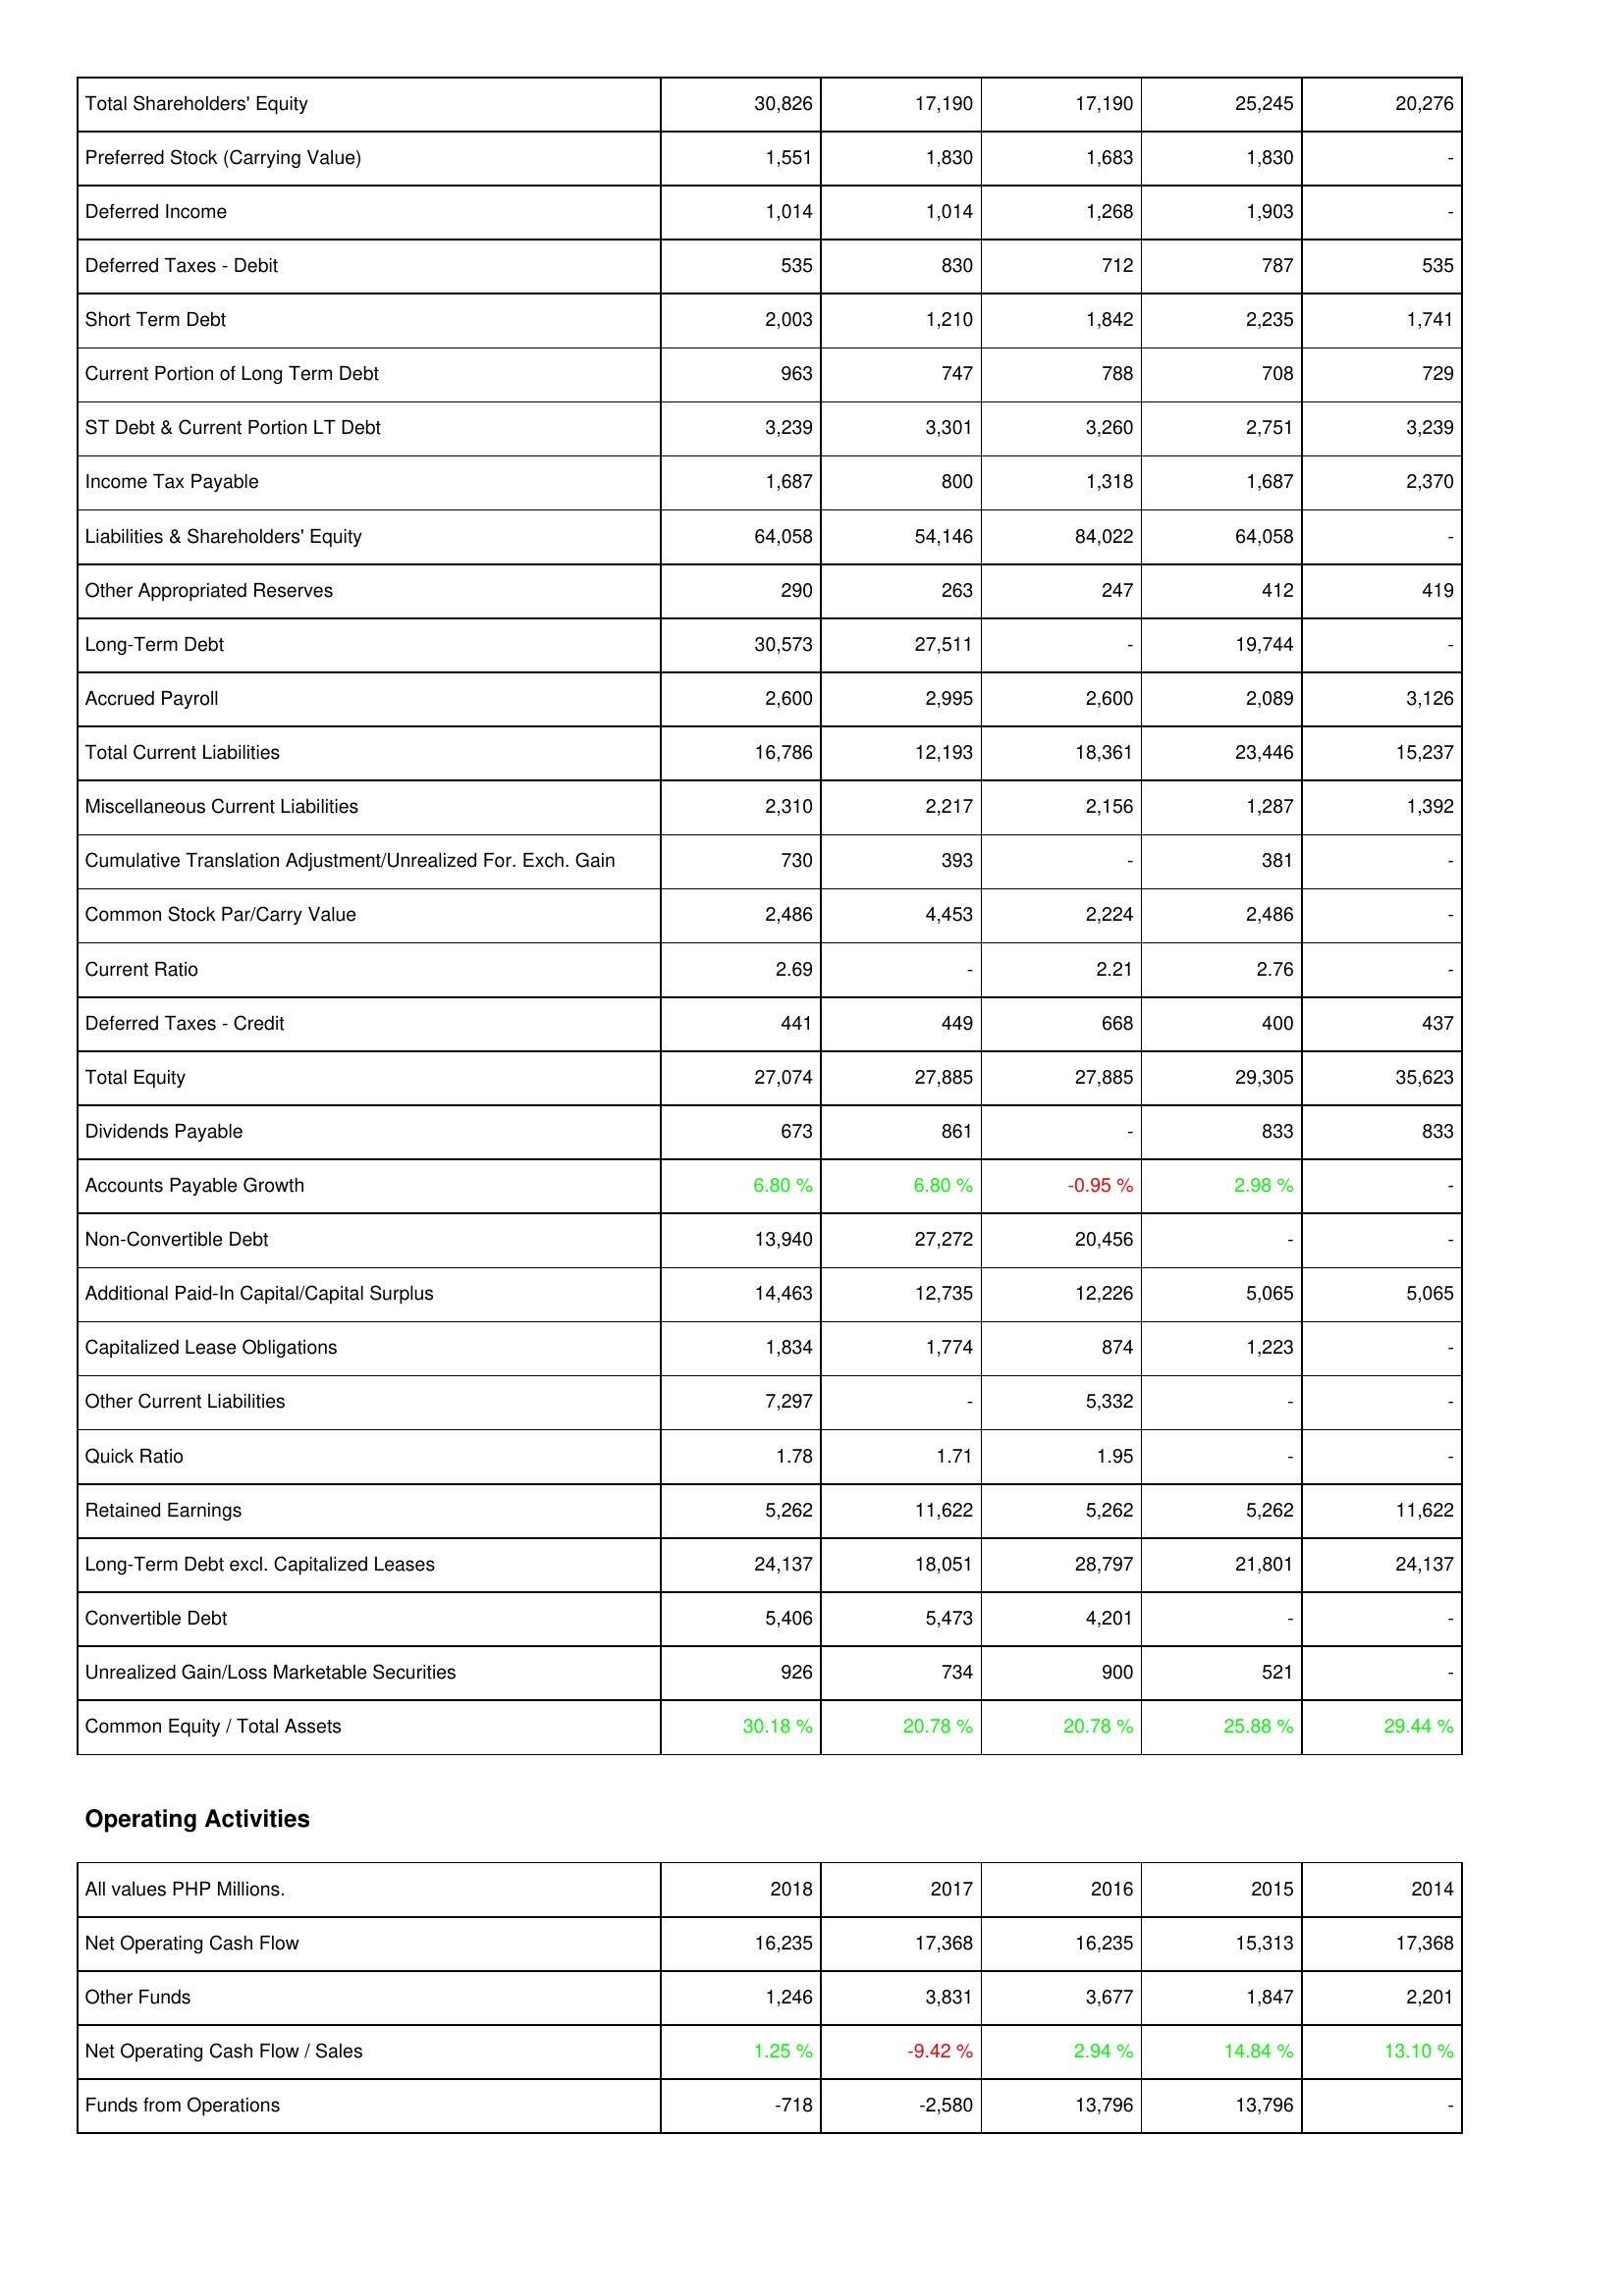
2018: Liabilities & Shareholders' Equity: Total Shareholders' Equity: 30,826
Preferred Stock (Carrying Value): 1,551
Deferred Income: 1,014
Deferred Taxes - Debit: 535
Short Term Debt: 2,003
Current Portion of Long Term Debt: 963
ST Debt & Current Portion LT Debt: 3,239
Income Tax Payable: 1,687
Liabilities & Shareholders' Equity: 64,058
Other Appropriated Reserves: 290
Long-Term Debt: 30,573
Accrued Payroll: 2,600
Total Current Liabilities: 16,786
Miscellaneous Current Liabilities: 2,310
Cumulative Translation Adjustment/Unrealized For. Exch. Gain: 730
Common Stock Par/Carry Value: 2,486
Current Ratio: 2.69
Deferred Taxes - Credit: 441
Total Equity: 27,074
Dividends Payable: 673
Accounts Payable Growth: 6.80 %
Non-Convertible Debt: 13,940
Additional Paid-In Capital/Capital Surplus: 14,463
Capitalized Lease Obligations: 1,834
Other Current Liabilities: 7,297
Quick Ratio: 1.78
Retained Earnings: 5,262
Long-Term Debt excl. Capitalized Leases: 24,137
Convertible Debt: 5,406
Unrealized Gain/Loss Marketable Securities: 926
Common Equity / Total Assets: 30.18 %
Operating Activities: Net Operating Cash Flow: 16,235
Other Funds: 1,246
Net Operating Cash Flow / Sales: 1.25 %
Funds from Operations: -718
2017: Liabilities & Shareholders' Equity: Total Shareholders' Equity: 17,190
Preferred Stock (Carrying Value): 1,830
Deferred Income: 1,014
Deferred Taxes - Debit: 830
Short Term Debt: 1,210
Current Portion of Long Term Debt: 747
ST Debt & Current Portion LT Debt: 3,301
Income Tax Payable: 800
Liabilities & Shareholders' Equity: 54,146
Other Appropriated Reserves: 263
Long-Term Debt: 27,511
Accrued Payroll: 2,995
Total Current Liabilities: 12,193
Miscellaneous Current Liabilities: 2,217
Cumulative Translation Adjustment/Unrealized For. Exch. Gain: 393
Common Stock Par/Carry Value: 4,453
Current Ratio: -
Deferred Taxes - Credit: 449
Total Equity: 27,885
Dividends Payable: 861
Accounts Payable Growth: 6.80 %
Non-Convertible Debt: 27,272
Additional Paid-In Capital/Capital Surplus: 12,735
Capitalized Lease Obligations: 1,774
Other Current Liabilities: -
Quick Ratio: 1.71
Retained Earnings: 11,622
Long-Term Debt excl. Capitalized Leases: 18,051
Convertible Debt: 5,473
Unrealized Gain/Loss Marketable Securities: 734
Common Equity / Total Assets: 20.78 %
Operating Activities: Net Operating Cash Flow: 17,368
Other Funds: 3,831
Net Operating Cash Flow / Sales: -9.42 %
Funds from Operations: -2,580
2016: Liabilities & Shareholders' Equity: Total Shareholders' Equity: 17,190
Preferred Stock (Carrying Value): 1,683
Deferred Income: 1,268
Deferred Taxes - Debit: 712
Short Term Debt: 1,842
Current Portion of Long Term Debt: 788
ST Debt & Current Portion LT Debt: 3,260
Income Tax Payable: 1,318
Liabilities & Shareholders' Equity: 84,022
Other Appropriated Reserves: 247
Long-Term Debt: -
Accrued Payroll: 2,600
Total Current Liabilities: 18,361
Miscellaneous Current Liabilities: 2,156
Cumulative Translation Adjustment/Unrealized For. Exch. Gain: -
Common Stock Par/Carry Value: 2,224
Current Ratio: 2.21
Deferred Taxes - Credit: 668
Total Equity: 27,885
Dividends Payable: -
Accounts Payable Growth: -0.95 %
Non-Convertible Debt: 20,456
Additional Paid-In Capital/Capital Surplus: 12,226
Capitalized Lease Obligations: 874
Other Current Liabilities: 5,332
Quick Ratio: 1.95
Retained Earnings: 5,262
Long-Term Debt excl. Capitalized Leases: 28,797
Convertible Debt: 4,201
Unrealized Gain/Loss Marketable Securities: 900
Common Equity / Total Assets: 20.78 %
Operating Activities: Net Operating Cash Flow: 16,235
Other Funds: 3,677
Net Operating Cash Flow / Sales: 2.94 %
Funds from Operations: 13,796
2015: Liabilities & Shareholders' Equity: Total Shareholders' Equity: 25,245
Preferred Stock (Carrying Value): 1,830
Deferred Income: 1,903
Deferred Taxes - Debit: 787
Short Term Debt: 2,235
Current Portion of Long Term Debt: 708
ST Debt & Current Portion LT Debt: 2,751
Income Tax Payable: 1,687
Liabilities & Shareholders' Equity: 64,058
Other Appropriated Reserves: 412
Long-Term Debt: 19,744
Accrued Payroll: 2,089
Total Current Liabilities: 23,446
Miscellaneous Current Liabilities: 1,287
Cumulative Translation Adjustment/Unrealized For. Exch. Gain: 381
Common Stock Par/Carry Value: 2,486
Current Ratio: 2.76
Deferred Taxes - Credit: 400
Total Equity: 29,305
Dividends Payable: 833
Accounts Payable Growth: 2.98 %
Non-Convertible Debt: -
Additional Paid-In Capital/Capital Surplus: 5,065
Capitalized Lease Obligations: 1,223
Other Current Liabilities: -
Quick Ratio: -
Retained Earnings: 5,262
Long-Term Debt excl. Capitalized Leases: 21,801
Convertible Debt: -
Unrealized Gain/Loss Marketable Securities: 521
Common Equity / Total Assets: 25.88 %
Operating Activities: Net Operating Cash Flow: 15,313
Other Funds: 1,847
Net Operating Cash Flow / Sales: 14.84 %
Funds from Operations: 13,796
2014: Liabilities & Shareholders' Equity: Total Shareholders' Equity: 20,276
Preferred Stock (Carrying Value): -
Deferred Income: -
Deferred Taxes - Debit: 535
Short Term Debt: 1,741
Current Portion of Long Term Debt: 729
ST Debt & Current Portion LT Debt: 3,239
Income Tax Payable: 2,370
Liabilities & Shareholders' Equity: -
Other Appropriated Reserves: 419
Long-Term Debt: -
Accrued Payroll: 3,126
Total Current Liabilities: 15,237
Miscellaneous Current Liabilities: 1,392
Cumulative Translation Adjustment/Unrealized For. Exch. Gain: -
Common Stock Par/Carry Value: -
Current Ratio: -
Deferred Taxes - Credit: 437
Total Equity: 35,623
Dividends Payable: 833
Accounts Payable Growth: -
Non-Convertible Debt: -
Additional Paid-In Capital/Capital Surplus: 5,065
Capitalized Lease Obligations: -
Other Current Liabilities: -
Quick Ratio: -
Retained Earnings: 11,622
Long-Term Debt excl. Capitalized Leases: 24,137
Convertible Debt: -
Unrealized Gain/Loss Marketable Securities: -
Common Equity / Total Assets: 29.44 %
Operating Activities: Net Operating Cash Flow: 17,368
Other Funds: 2,201
Net Operating Cash Flow / Sales: 13.10 %
Funds from Operations: -